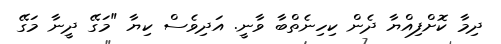
ދިމާ ކޮށްފިއްޔާ ދެން ކިހިނެތްބާ ވާނީ. އަދިވެސް ކިޔާ "މަގޭ ދީނާ މަގޭ